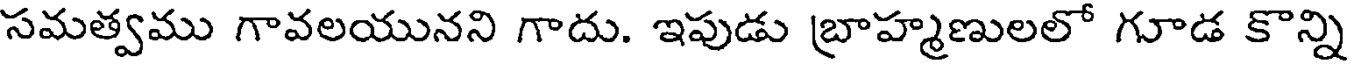
సమత్వము గావలయునని గాదు. ఇపుడు బ్రాహ్మణులలో గూడ కొన్ని